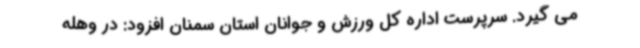
می گیرد. سرپرست اداره کل ورزش و جوانان استان سمنان افزود: در وهله